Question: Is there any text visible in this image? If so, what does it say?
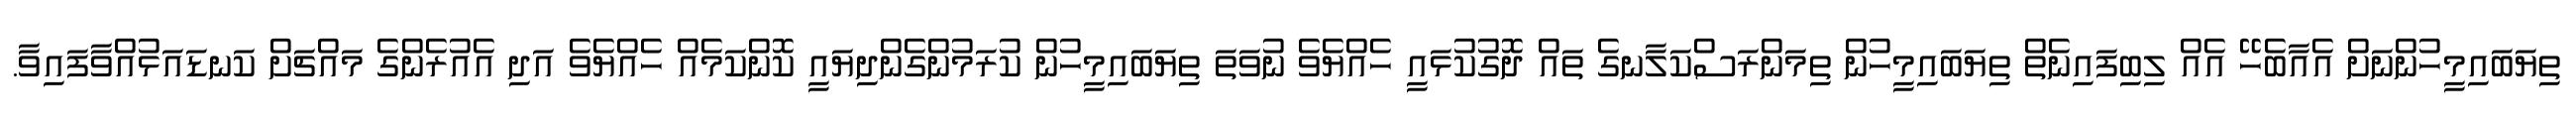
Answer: ތިޔަބައިމީހުންނަށް އެއާބެހޭ އެއް ލިބިފައިނެތް ތިޔަބައިމީހުން ތިމަންރަސްކަލާނގެ ތައް ދޮގުކުޅައީ ހެއްޔެވެ ނުވަތަ ތިޔަބައިމީހުން ކުރަމުންގެންދިޔައީ ކޮންކަމެއް ހެއްޔެވެ އަދި އެއުރެންގެ މައްޗަށް ކަނޑައަޅުއްވާފައިވާ.